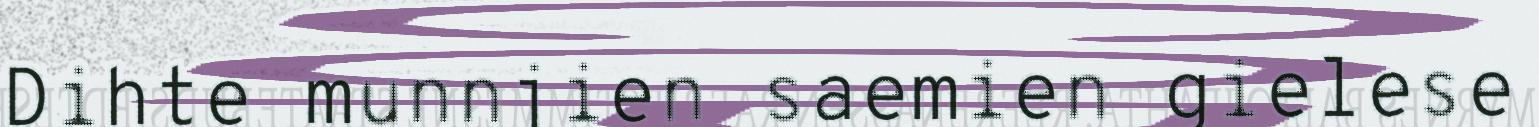
Dihte munnjien saemien gielese